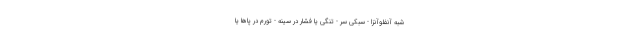
شبه آنفلوآنزا - سبکی سر - تنگی یا فشار در سینه - تورم در پاها یا